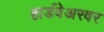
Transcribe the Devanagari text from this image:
हार्डवेअरवर